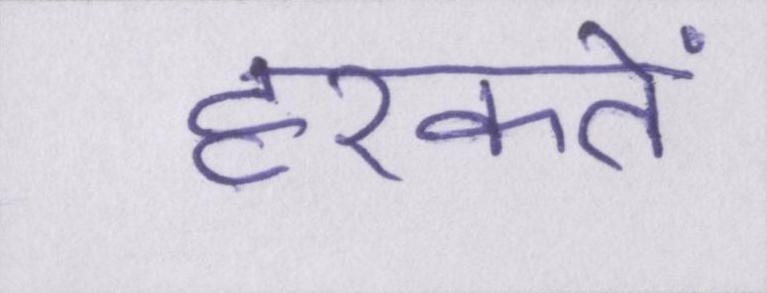
हरकतें